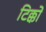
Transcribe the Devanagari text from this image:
टिक्कों